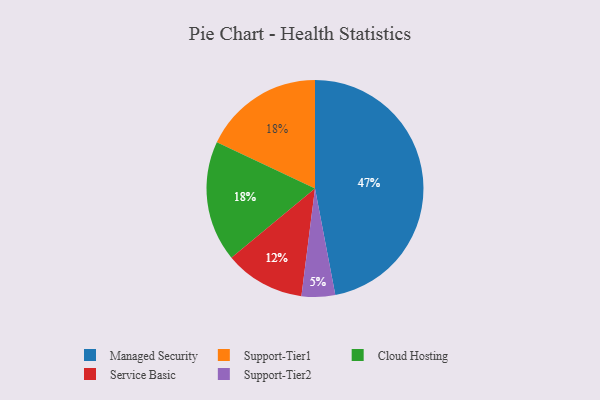
{"axis": {"x": "Category", "y": "Percentage"}, "legend": ["Cloud Hosting", "Managed Security", "Service Basic", "Support-Tier1", "Support-Tier2"], "data": [{"x": "Support-Tier2", "y": 5, "type": "Support-Tier2"}, {"x": "Managed Security", "y": 47, "type": "Managed Security"}, {"x": "Support-Tier1", "y": 18, "type": "Support-Tier1"}, {"x": "Service Basic", "y": 12, "type": "Service Basic"}, {"x": "Cloud Hosting", "y": 18, "type": "Cloud Hosting"}]}